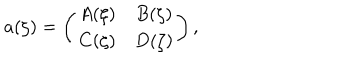
a ( \zeta ) = \left( \begin{array} { c c } { { A ( \zeta ) } } & { { B ( \zeta ) } } \\ { { C ( \zeta ) } } & { { D ( \zeta ) } } \\ \end{array} \right) ,